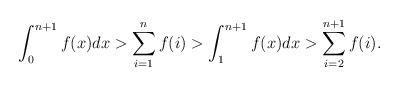
LaTeX: \begin{align*} \int_0^{n+1} f(x)dx>\sum_{i=1}^{n}f(i) > \int_1^{n+1} f(x)dx>\sum_{i=2}^{n+1}f(i).\end{align*}